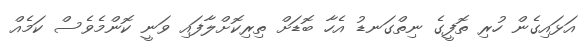
އަޅައިގެން ހުރި ތޮފީގެ ނިތްގަނޑު އެހާ ބޮޑަށް ތިރިކޮށްލާފައި ވަނީ ކޮންމެވެސް ކަމެއް